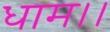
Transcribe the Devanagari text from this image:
धाम।।